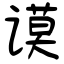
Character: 谟